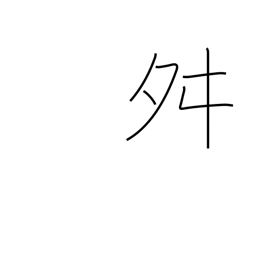
Meaning: dancing radical (no. 136)